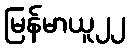
မြန်မာယူ၂၂